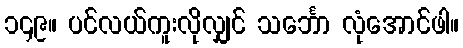
၁၄၉။ ပင်လယ်ကူးလိုလျှင် သင်္ဘော လုံအောင်ဖါ။